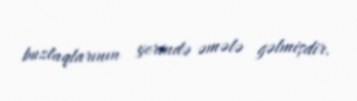
buzlaqlarının yerində əmələ gəlmişdir.